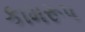
કામરૂપ